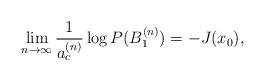
LaTeX: \begin{align*}\lim_{n\to\infty}\frac{1}{a_c^{(n)}}\log P(B_1^{(n)})=-J(x_0),\end{align*}